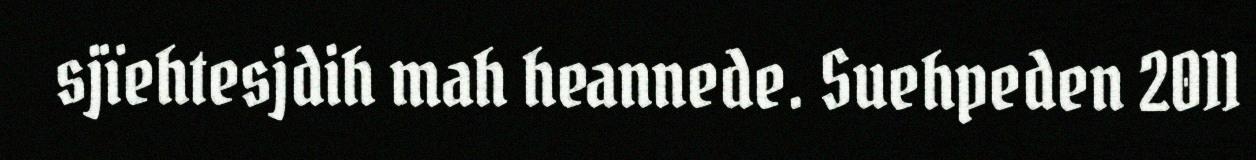
sjïehtesjdih mah heannede. Suehpeden 2011